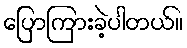
ပြောကြားခဲ့ပါတယ်။